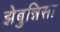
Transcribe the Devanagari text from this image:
झेबुन्निसा